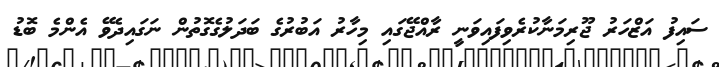
ސައިފު އަޒްހަރު ޖޫރިމަނާކުރެވިފައިވަނީ ރާއްޖޭގައި މިހާރު އަބުރުގެ ބަދަލުގެގޮތުން ނަގައިދެވޭ އެންމެ ބޮޑު